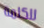
للكلمة